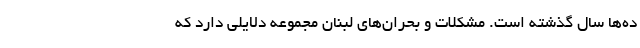
ده‌ها سال گذشته است. مشکلات و بحران‌های لبنان مجموعه دلایلی دارد که